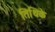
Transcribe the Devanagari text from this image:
तिथिके